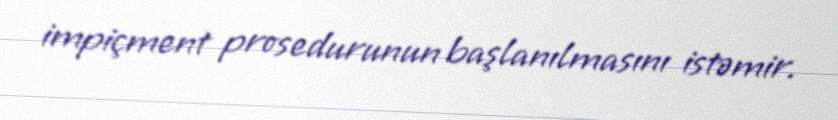
impiçment prosedurunun başlanılmasını istəmir.